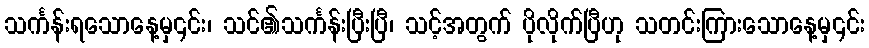
သင်္ကန်းရသောနေ့မှ၎င်း၊ သင်၏သင်္ကန်းပြီးပြီ၊ သင့်အတွက် ပိုလိုက်ပြီဟု သတင်းကြားသောနေ့မှ၎င်း